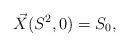
LaTeX: \begin{align*}\vec{X}(S^2,0)=S_0,\end{align*}